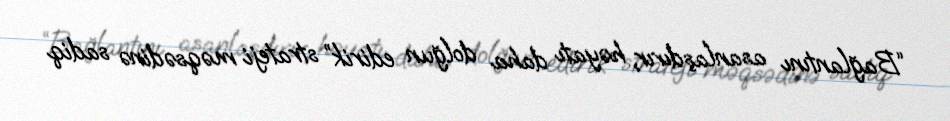
“Bağlantını asanlaşdırır, həyatı daha dolğun edirik” strateji məqsədinə sadiq